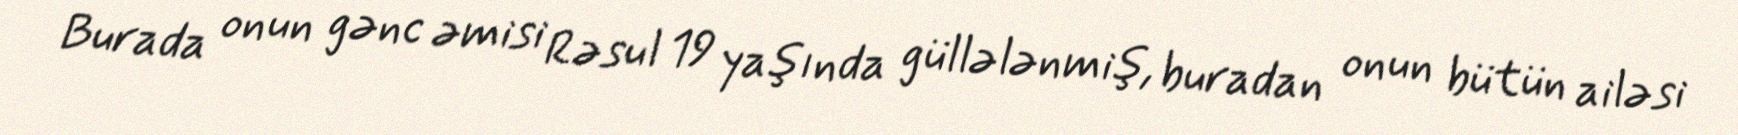
Burada onun gənc əmisi Rəsul 19 yaşında güllələnmiş, buradan onun bütün ailəsi